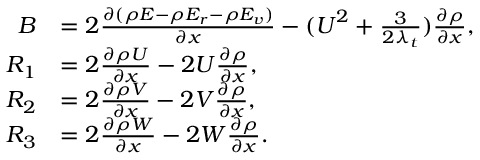
\begin{array} { r } { \begin{array} { r l } { B } & { = 2 \frac { \partial ( \rho E - \rho E _ { r } - \rho E _ { v } ) } { \partial x } - ( \boldsymbol { U } ^ { 2 } + \frac { 3 } { 2 \lambda _ { t } } ) \frac { \partial \rho } { \partial x } , } \\ { R _ { 1 } } & { = 2 \frac { \partial \rho U } { \partial x } - 2 U \frac { \partial \rho } { \partial x } , } \\ { R _ { 2 } } & { = 2 \frac { \partial \rho V } { \partial x } - 2 V \frac { \partial \rho } { \partial x } , } \\ { R _ { 3 } } & { = 2 \frac { \partial \rho W } { \partial x } - 2 W \frac { \partial \rho } { \partial x } . } \end{array} } \end{array}